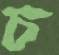
চ